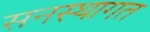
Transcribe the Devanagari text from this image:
सनस्थागत